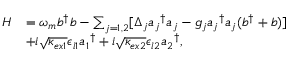
\begin{array} { r l } { H } & { = \omega _ { m } b ^ { \dagger } b - \sum _ { j = 1 , 2 } [ \Delta _ { j } { a _ { j } } ^ { \dagger } a _ { j } - g _ { j } { a _ { j } } ^ { \dagger } a _ { j } ( b ^ { \dagger } + b ) ] } \\ & { + i \sqrt { \kappa _ { e x 1 } } \epsilon _ { l 1 } { a _ { 1 } } ^ { \dagger } + i \sqrt { \kappa _ { e x 2 } } \epsilon _ { l 2 } { a _ { 2 } } ^ { \dagger } , } \end{array}